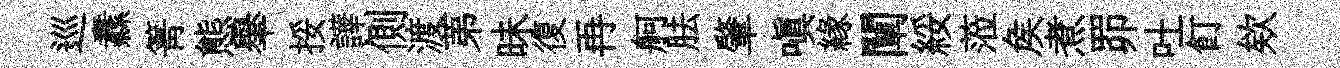
巡纛箐態𦦙挼譁側渡苐昧復再舸胠肇嗔縁闡綏蒞矦煮𦊑吐飣欸